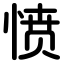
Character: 愤